Report on vaccination in the Province of Bengal - 1874-1889
Year: 1874
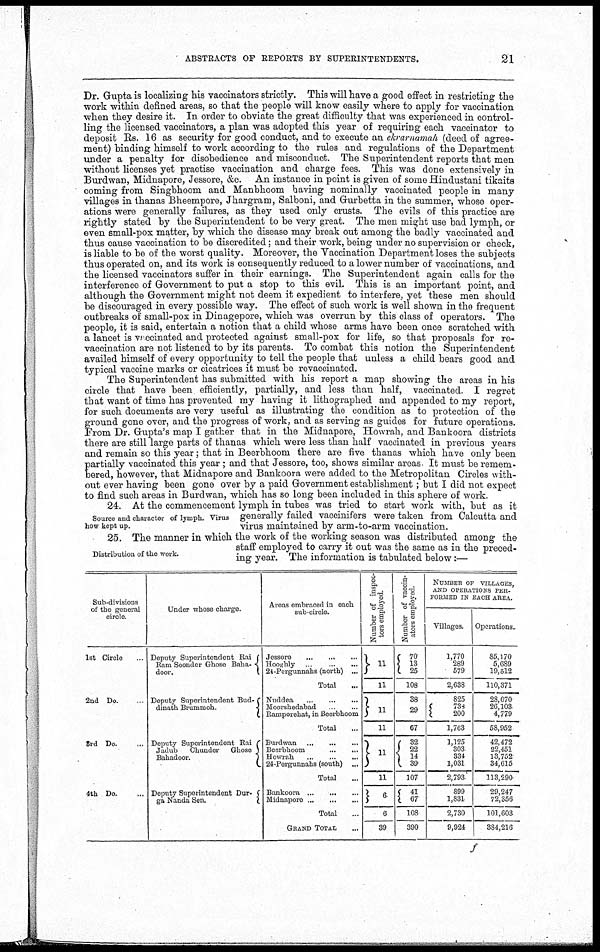
ABSTRACTS OF REPORTS BY SUPERINTENDENTS.
21
Dr. Gupta is localizing his vaccinators strictly. This will have a good effect in restricting the
work within defined areas, so that the people will know easily where to apply for vaccination
when they desire it. In order to obviate the great difficulty that was experienced in control-
ling the licensed vaccinators, a plan was adopted this year of requiring each vaccinator to
deposit Rs. 16 as security for good conduct, and to execute an ekrarnamah (deed of agree-
ment) binding himself to work according to the rules and regulations of the Department
under a penalty for disobedience and misconduct. The Superintendent reports that men
without licenses yet practise vaccination and charge fees. This was done extensively in
Burdwan, Midnapore, Jessore, &c. An instance in point is given of some Hindustani tikaits
coming from Singbhoom and Manbhoom having nominally vaccinated people in many
villages in thanas Bheempore, Jhargram, Salboni, and Gurbetta in the summer, whose oper-
ations were generally failures, as they used only crusts. The evils of this practice are
rightly stated by the Superintendent to be very great. The men might use bad lymph, or
even small-pox matter, by which the disease may break out among the badly vaccinated and
thus cause vaccination to be discredited; and their work, being under no supervision or check,
is liable to be of the worst quality. Moreover, the Vaccination Department loses the subjects
thus operated on, and its work is consequently reduced to a lower number of vaccinations, and
the licensed vaccinators suffer in their earnings. The Superintendent again calls for the
interference of Government to put a stop to this evil. This is an important point, and
although the Government might not deem it expedient to interfere, yet these men should
be discouraged in every possible way. The effect of such work is well shown in the frequent
outbreaks of small-pox in Dinagepore, which was overrun by this class of operators. The
people, it is said, entertain a notion that a child whose arms have been once scratched with
a lancet is vaccinated and protected against small-pox for life, so that proposals for re-
vaccination are not listened to by its parents. To combat this notion the Superintendent
availed himself of every opportunity to tell the people that unless a child bears good and
typical vaccine marks or cicatrices it must be revaccinated.
The Superintendent has submitted with his report a map showing the areas in his
circle that have been efficiently, partially, and less than half, vaccinated. I regret
that want of time has prevented my having it lithographed and appended to my report,
for such documents are very useful as illustrating the condition as to protection of the
ground gone over, and the progress of work, and as serving as guides for future operations.
From Dr. Gupta's map I gather that in the Midnapore, Howrah, and Bankoora districts
there are still large parts of thanas which were less than half vaccinated in previous years
and remain so this year; that in Beerbhoom there are five thanas which have only been
partially vaccinated this year ; and that Jessore, too, shows similar areas It must be remem-
bered, however, that Midnapore and Bankoora were added to the Metropolitan Circles with-
out ever having been gone over by a paid Government establishment ; but I did not expect
to find such areas in Burdwan, which has so long been included in this sphere of work.
Source and character of lymph. Virus
how kept up.
24. At the commencement lymph in tubes was tried to start work with, but as it
generally failed vaccinifers were taken from Calcutta and
virus maintained by arm-to-arm vaccination.
Distribution of the work.
25. The manner in which the work of the working season was distributed among the
staff employed to carry it out was the same as in the preced-
ing year. The information is tabulated below:—
Sub-divisions
of the general
circle.
1st Circle...
2nd Do. ...
3rd Do. ...
4th Do.
Under whose charge.
Deputy Superintendent Rai
Ram Soonder Ghose Baha-
door.
Deputy Superintendent Bud-
dinath Brummoh.
Deputy Superintendent Rai
Jadub
Chunder Ghose
Bahadoor.
Deputy Superintendent Dur-
ga Nanda Sen.
Areas embraced in each
sub-circle.
Jessore...
...
...
...
Hooghly... ... ... ...
24-Pergunnahs (north) ...
Total...
Nuddea...
...
...
Moorshedabad... ... ...
Bamporehat, in Beerbhoom
Total...
Burdwan... ... ...
Beerbhoom ... ... ...
Howrah...
...
...
24-Pergunnahs (south)... ...
Total...
Bankoora...
...
...
Midnapore... ... ... ...
Total...
GRAND TOTAL...
Number of inspec-
tors employed
11
11
11
11
11
11
6
6
39
Number of vaccin-
ators employed.
70
13 25
108
38
29
67
32
22
14
39
107
41
67
108
390
NUMBER OF VILLAGES,
AND OPERATIONS PER-
FORMED IN EACH AREA.
Villages.
1,770
289
579
2,638
825
734
200
1,763
1,125
303
334
1,031
2,793
899
1,831
2,730
9,924
Operations.
85,170
5,689
19,612
110,371
28,070
20,103
4,779
58,952
42,472
22,451
13,752
34,615
113,290
29,247
72,356
101,603
384,216
f